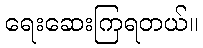
ရေးဆေးကြရတယ်။